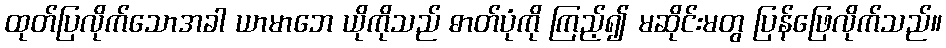
ထုတ်ပြလိုက်သောအခါ ယာမာဘေ ယိုကိုသည် ဓာတ်ပုံကို ကြည့်၍ မဆိုင်းမတွ ပြန်ဖြေလိုက်သည်။